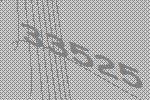
33525